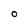
Character: 0